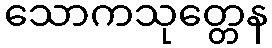
သောကသုတ္တေန